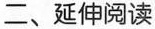
二、延伸阅读